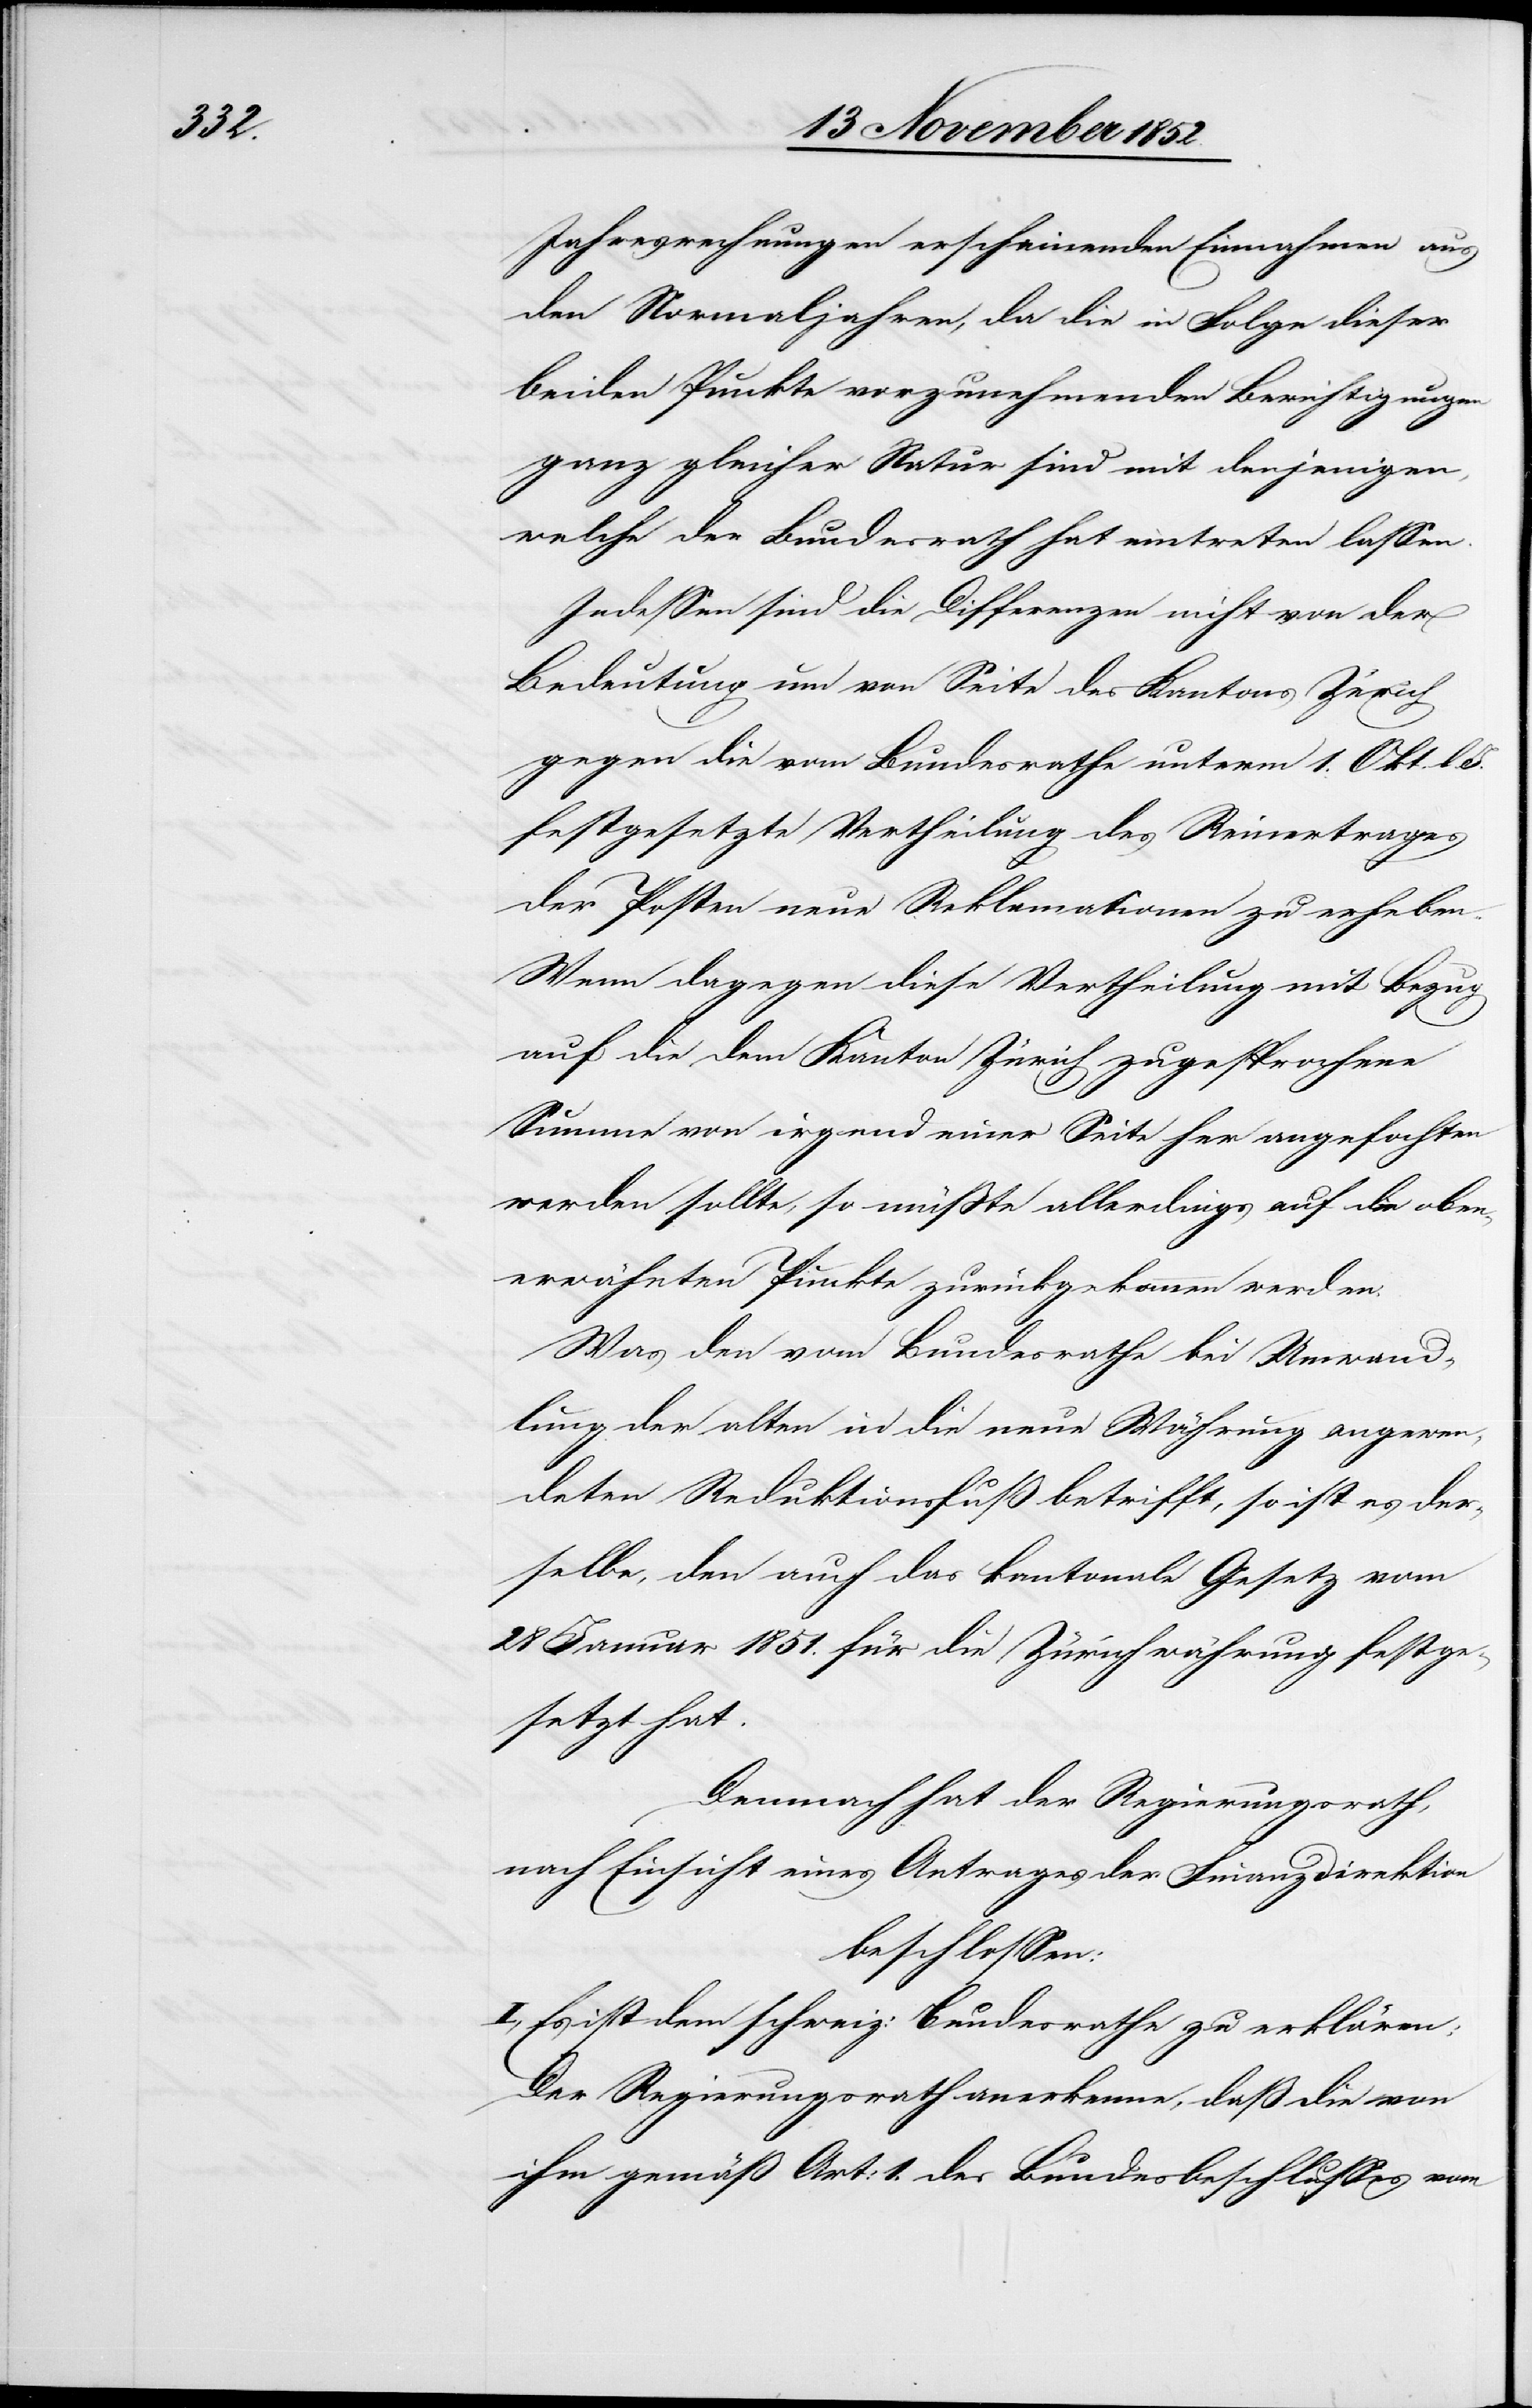
Jahresrechnungen erscheinenden Einnahmen aus
den Normaljahren, da die in Folge dieser
beiden Punkte vorzunehmenden Berichtigungen
ganz gleicher Natur sind mit denjenigen,
welche der Bundesrath hat eintreten lassen.
Indessen sind die Differenzen nicht von der
Bedeutung um von Seite des Kantons Zürich
gegen die vom Bundesrathe unterm 1. Okt. l.
festgesetzte Vertheilung des Reinertrages
der Posten neue Reklamationen zu erheben.
Wenn dagegen diese Vertheilung mit Bezug
auf die dem Kanton Zürich zugesprochene
Summe von irgend einer Seite her angefochten
werden sollte, so müßte allerdings auf die oben¬
erwähnten Punkte zurückgekommen werden.
Was den vom Bundesrathe bei Umwand¬
lung der alten in die neue Währung angewen¬
deten Reduktionsfuß betrifft, so ist es der¬
selbe, den auch das kantonale Gesetz vom
28 Januar 1851. für die Zürichwährung festge¬
setzt hat.
Demnach hat der Regierungsrath,
nach Einsicht eines Antrages der Finanzdirektion
beschlossen:
I, Es ist dem schweiz: Bundesrathe zu erklären:
Der Regierungsrath anerkenne, daß die von
ihm gemäß Art: 1. des Bundesbeschlusses vom